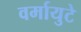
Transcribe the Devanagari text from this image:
वर्मायुटे